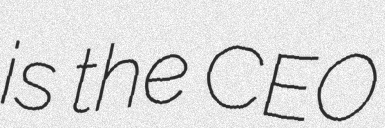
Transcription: is the CEO